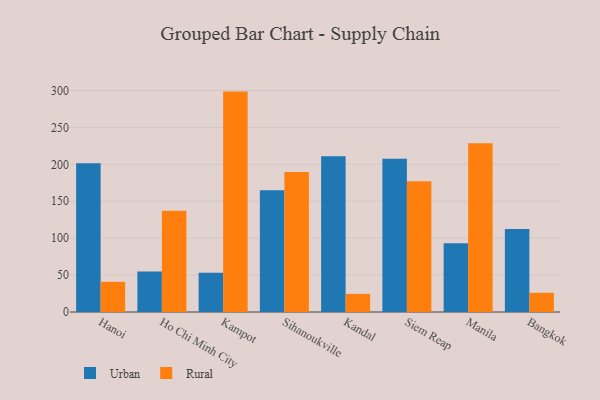
{"axis": {"x": "City", "y": "Humidity (%)"}, "legend": ["Rural", "Urban"], "data": [{"x": "Hanoi", "y": 201.5, "type": "Urban"}, {"x": "Hanoi", "y": 40.9, "type": "Rural"}, {"x": "Ho Chi Minh City", "y": 54.7, "type": "Urban"}, {"x": "Ho Chi Minh City", "y": 137.2, "type": "Rural"}, {"x": "Kampot", "y": 53.0, "type": "Urban"}, {"x": "Kampot", "y": 298.5, "type": "Rural"}, {"x": "Sihanoukville", "y": 164.8, "type": "Urban"}, {"x": "Sihanoukville", "y": 189.5, "type": "Rural"}, {"x": "Kandal", "y": 211.1, "type": "Urban"}, {"x": "Kandal", "y": 24.5, "type": "Rural"}, {"x": "Siem Reap", "y": 207.6, "type": "Urban"}, {"x": "Siem Reap", "y": 177.0, "type": "Rural"}, {"x": "Manila", "y": 93.0, "type": "Urban"}, {"x": "Manila", "y": 228.7, "type": "Rural"}, {"x": "Bangkok", "y": 112.3, "type": "Urban"}, {"x": "Bangkok", "y": 26.0, "type": "Rural"}]}